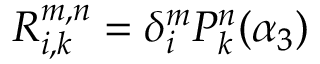
R _ { i , k } ^ { m , n } = \delta _ { i } ^ { m } P _ { k } ^ { n } ( \alpha _ { 3 } )